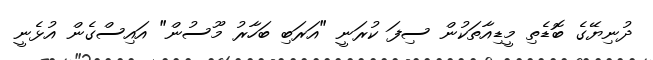
ދުނިޔޭގެ ބޮޑެތި މީޑިއާތަކުން ސިފަ ކުރަނީ "އަރަބި ބަހާރު މޫސުން" އައިސްގެން އުޅެނީ